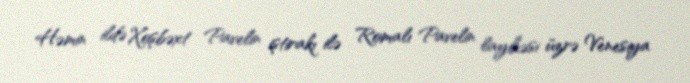
Həmin ildə Xoşbəxt Pavelin iştirakı ilə Romalı Pavelin layihəsi üzrə Venesiya